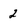
Character: 2